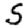
Digit: 5